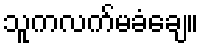
သူကလက်မခံချေ။